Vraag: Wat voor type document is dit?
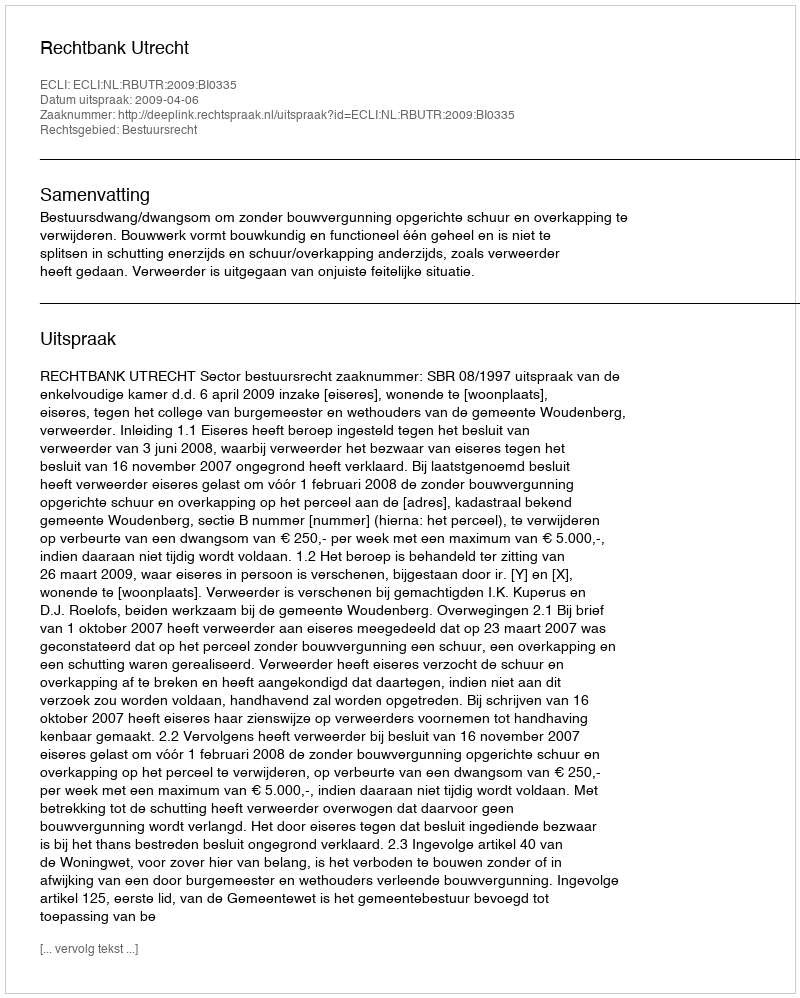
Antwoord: Uitspraak